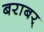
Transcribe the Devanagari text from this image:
बराबर्